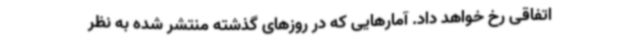
اتفاقی رخ خواهد داد. آمارهایی که در روزهای گذشته منتشر شده به نظر